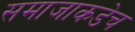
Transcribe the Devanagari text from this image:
समाजाकडेच